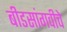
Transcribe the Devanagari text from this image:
बीडसांगवीचे